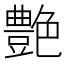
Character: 艶